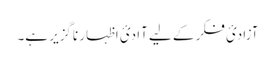
آزادیٔ فکر کے لیے آادیٔ اظہار ناگزیر ہے۔